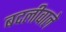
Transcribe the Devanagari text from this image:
बदलीवाले